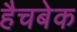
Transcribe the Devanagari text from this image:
हैचबेक